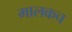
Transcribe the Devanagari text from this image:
मालकच